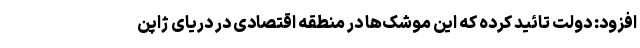
افزود: دولت تائید کرده که این موشک‌ها در منطقه اقتصادی در دریای ژاپن